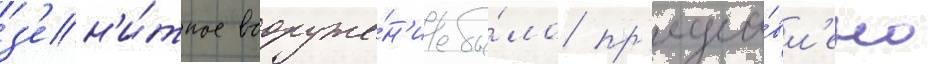
з'ен'и́тное вооруже́н'ие бы́ло пр'едста́вл'ено